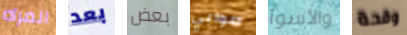
المرآه بعد بعض صوابي والأسوأ وقحة